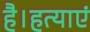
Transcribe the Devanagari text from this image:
है।हत्याएं